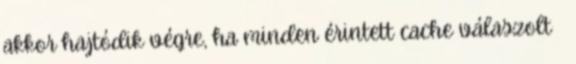
akkor hajtódik végre, ha minden érintett cache válaszolt ●